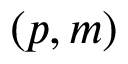
( p , m )